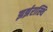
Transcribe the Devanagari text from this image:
झर्झरास्थि